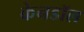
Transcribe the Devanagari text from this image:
केनडॉल